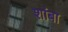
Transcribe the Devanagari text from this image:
शांबा